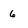
Character: 6